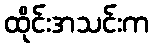
ထိုင်းအသင်းက